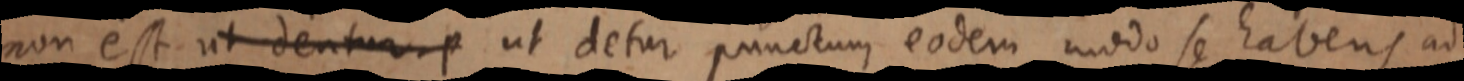
non est ut dentur p ut detur punctum eodem modo se habens ad